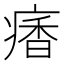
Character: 𩠾